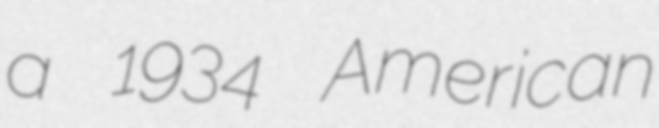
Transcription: a 1934 American